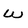
Character: W